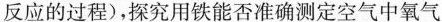
反应的过程)，探究用铁能否准测定空气中氧气